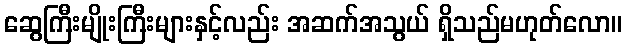
ဆွေကြီးမျိုးကြီးများနှင့်လည်း အဆက်အသွယ် ရှိသည်မဟုတ်လော။